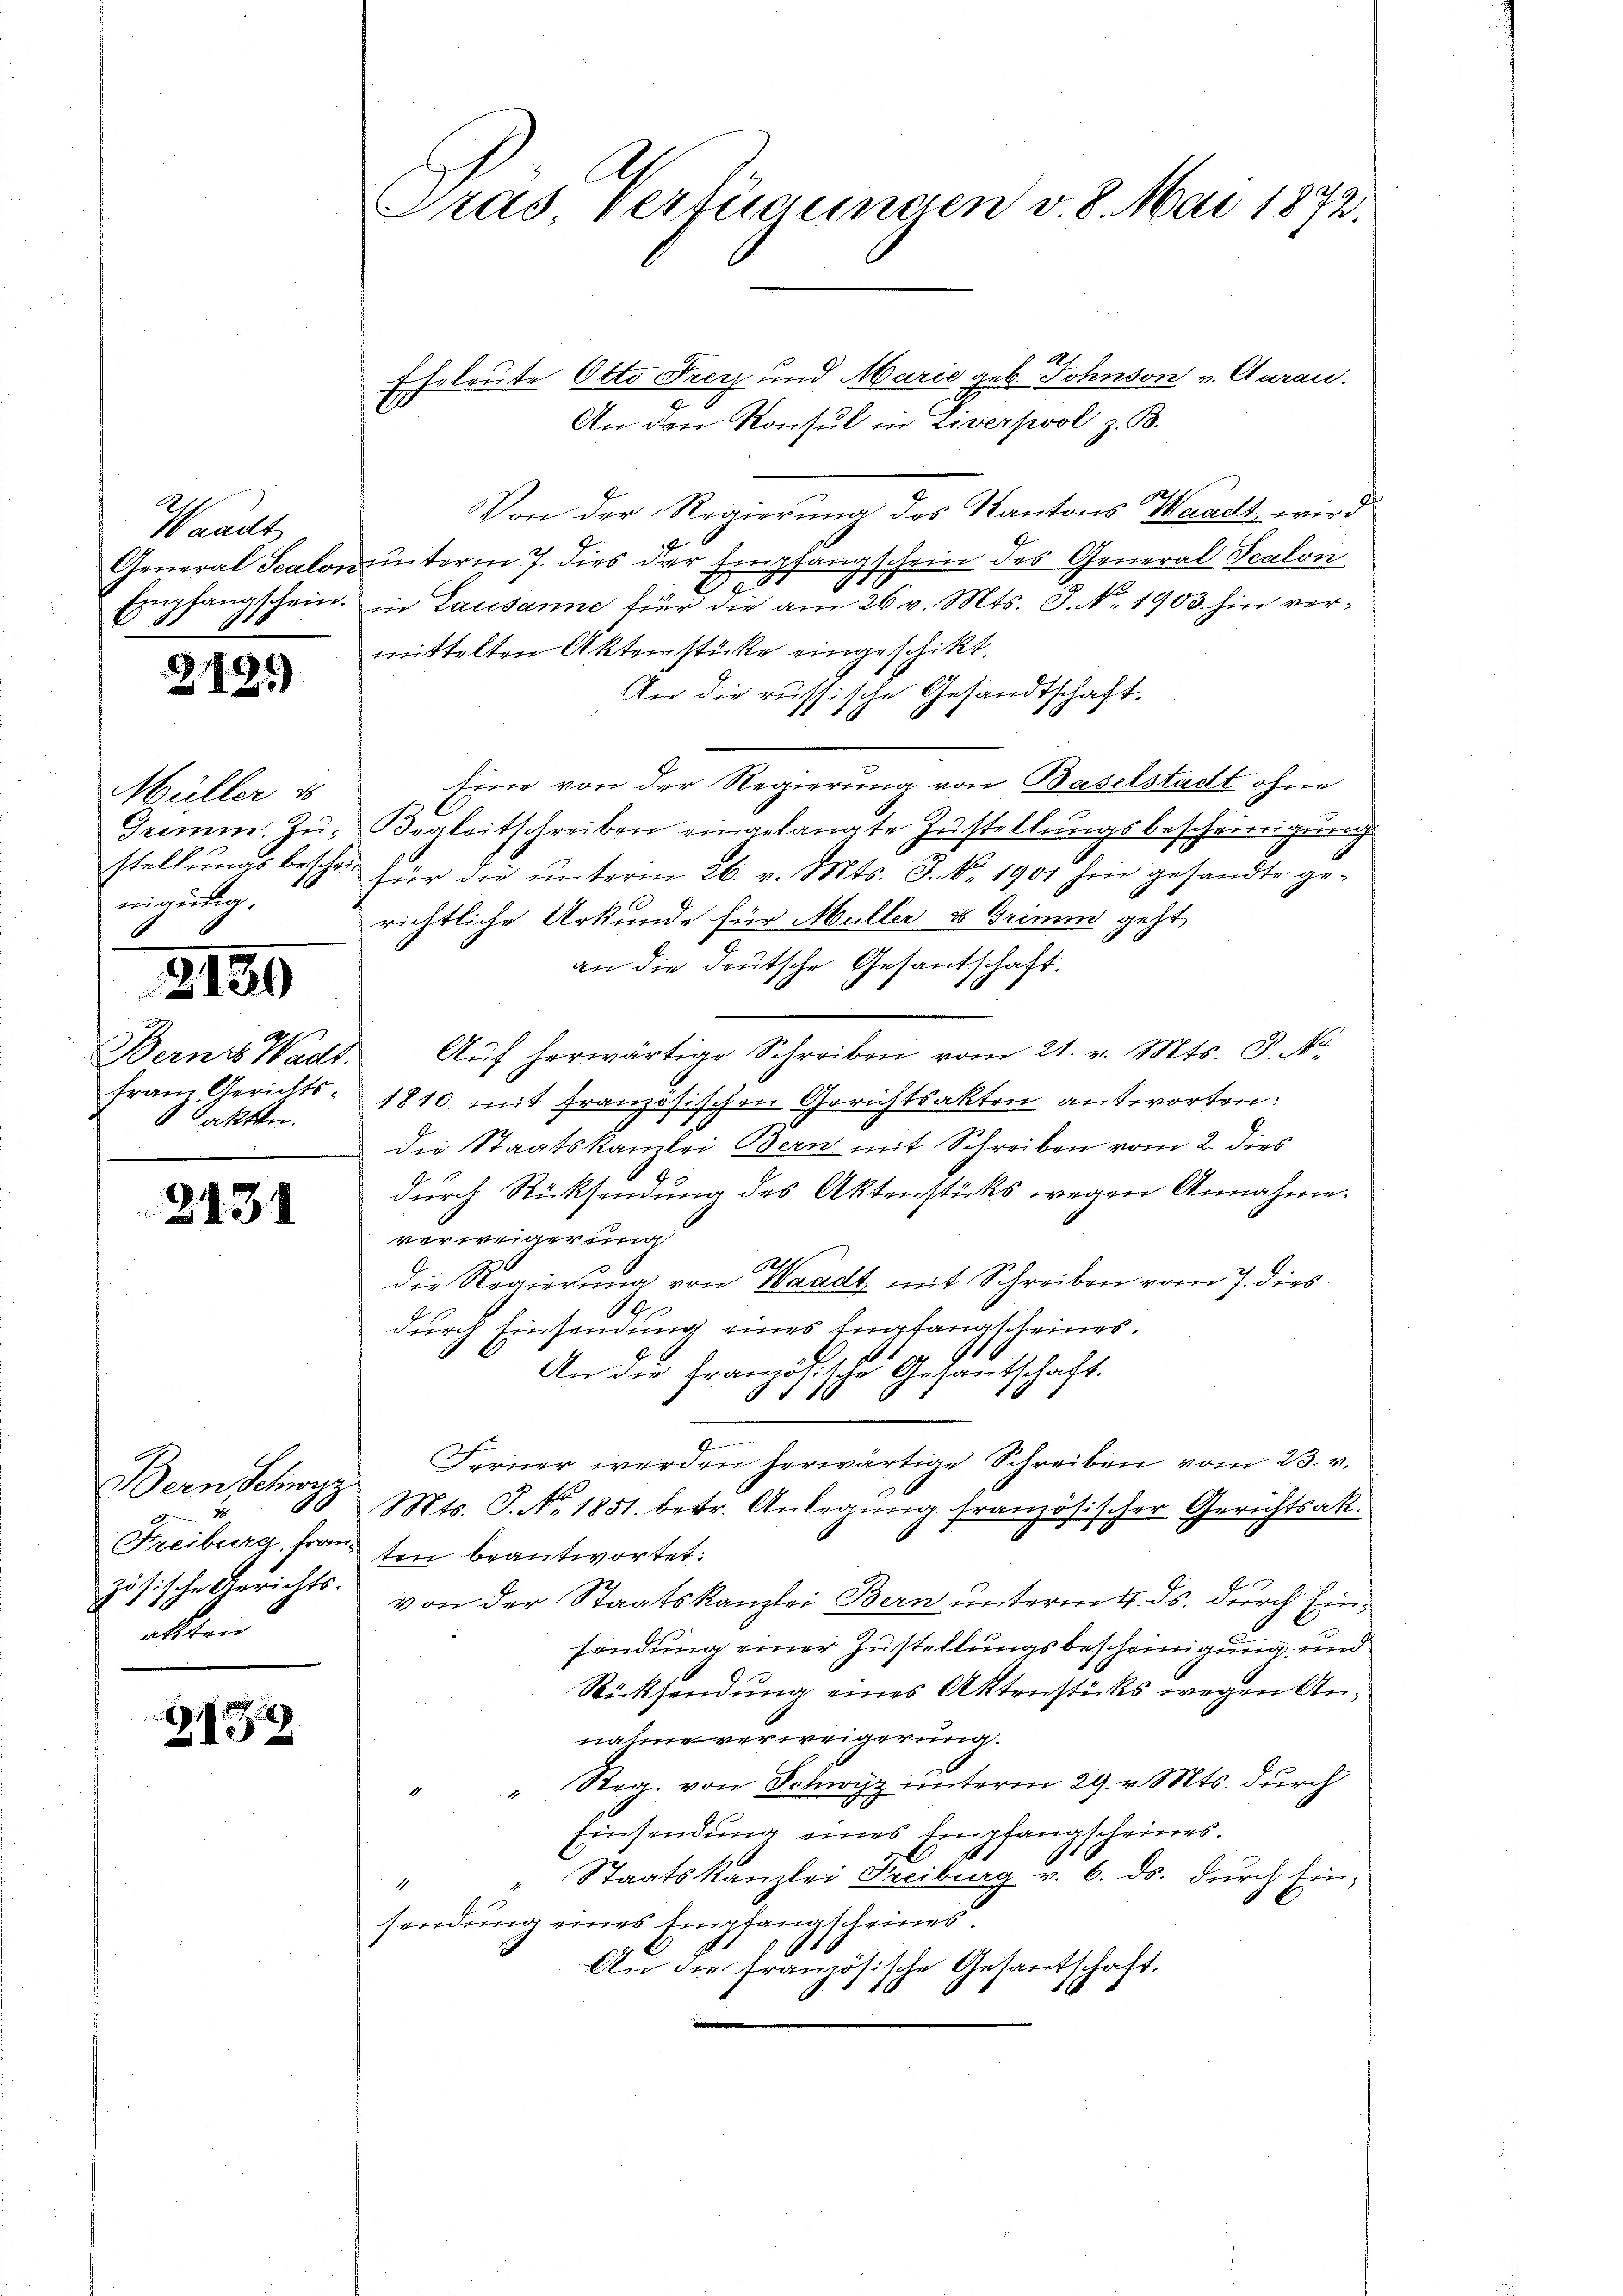
Waadt
General Scalon
Empfangschein.

212.)

Müller 18
Trimm. Zu-
stellungsbescheinigung.

2120

Berns Wads.
franz Gerichts
 Takten.

2131

Bern Schwyz
Freiburg, Französische Gerichts-
alstei

G132

Gras Verfügungen v. 8. Mai 1872.

Eheleute Otto Frey und Marie geb. Johnson v. Curau.
An den Konsul in Liverpool z. B.
Von der Regierŭng des Kantons Waadt wird
unterm 7. dies der Empfangschein des General Scalon
7
.
in Lausanne für die am 26. v. Mts. S. Nr. 1903 hin vermittelten Aktenstücke eingeschikt.
An die russische Gesandtschaft.
Eine von der Regierung von Baselstadt ohne
Begleitschreiben eingelangte Zustellungsbescheinigung
für die unterm 26. v. Mts. J. No. 1901 hin gesandte gerichtliche Urkunde für Müller u Grimm geht
an die deutsche Gesantschaft.
Aŭf herwärtige Schreiben vom 21. v. Mts. S. Nr.
1810 mit französischen Gerichtsakten antworten:
die Staatskanzlei Bern mit Schreiben vom 2. dies
durch Rücksendung des Aktenstücks wegen Annahme,
verweigerung
die Regierung von Waadt mit Schreiben vom 7. dies
A
durch Einsendung eines Empfangscheines.
An die Französische Gesantschaft.
Ferner werden herwärtige Schreiben vom 23. v.
A
Mts. S. Nr. 1851. betr. Anlegung französischer Gerichtsak.
.
ten beantwortet:
von der Staatskanzlei Bern unterm 4. ds. durch Einfindung einer Zustellungsbescheinigung und
Rücksendung eines Aktenstücks wegen Annahme verweigerung.
" Reg. von Schwyz unterm 29. v. Mts. durch
Einsendung eines Empfangscheines.
Staatskanzlei Freiburg v. 6. ds. durch Einsendung eines Empfangscheines.
An die französische Gesantschaft.